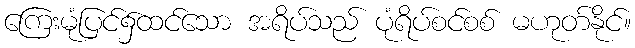
ကြေးမုံပြင်၌ထင်သော အရိပ်သည် ပုံရိပ်စင်စစ် မဟုတ်နိုင်။